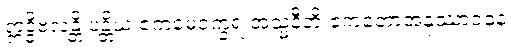
ဣဒ္ဓိဗလန္တိ ပန္တိယံ ဧကမေဝက္ခရံ အသ္မနီတိ ဧကတောအနုဿာဝနေ